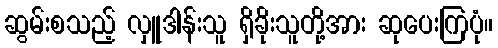
ဆွမ်းစသည့် လှူဒါန်းသူ ရှိခိုးသူတို့အား ဆုပေးကြပုံ။